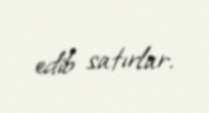
edib satırlar.